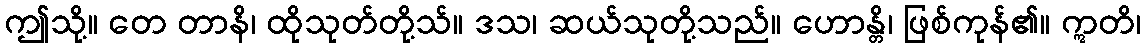
ဤသို့။ တေ တာနိ၊ ထိုသုတ်တို့သ်။ ဒသ၊ ဆယ်သုတို့သည်။ ဟောန္တိ၊ ဖြစ်ကုန်၏။ ဣတိ၊